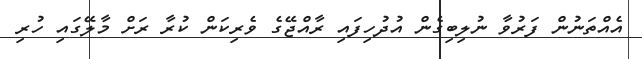
އެއްތަނުން ފަރުވާ ނުލިބިގެން އުދުހިފައި ރާއްޖޭގެ ވެެރިކަން ކުރާ ރަށް މާލޭގައި ހުރި